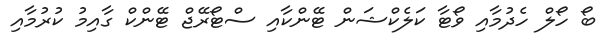
ބޯ ހޯލް ހެދުމާއި ވޯޓާ ކަލެކްޝަން ޓޭންކާއި ސްޓޯރޭޖް ޓޭންކް ގާއިމު ކުރުމާއި